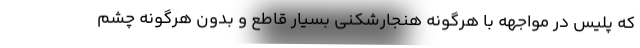
که پلیس در مواجهه با هرگونه هنجارشکنی بسیار قاطع و بدون هرگونه چشم